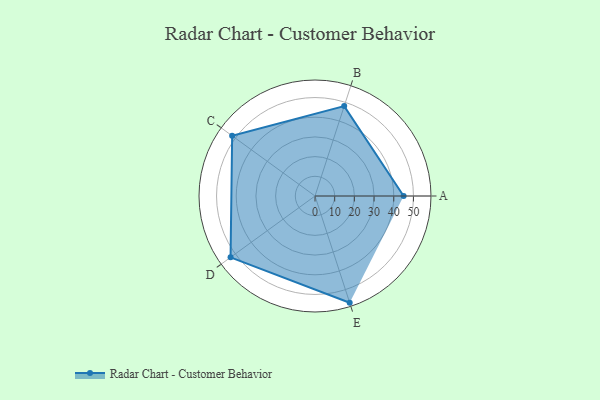
{"axis": {"x": "Skill", "y": "Score"}, "legend": ["Profile"], "data": [{"x": "A", "y": 45.0, "type": "Profile"}, {"x": "B", "y": 48.0, "type": "Profile"}, {"x": "C", "y": 52.0, "type": "Profile"}, {"x": "D", "y": 53.0, "type": "Profile"}, {"x": "E", "y": 57.0, "type": "Profile"}]}